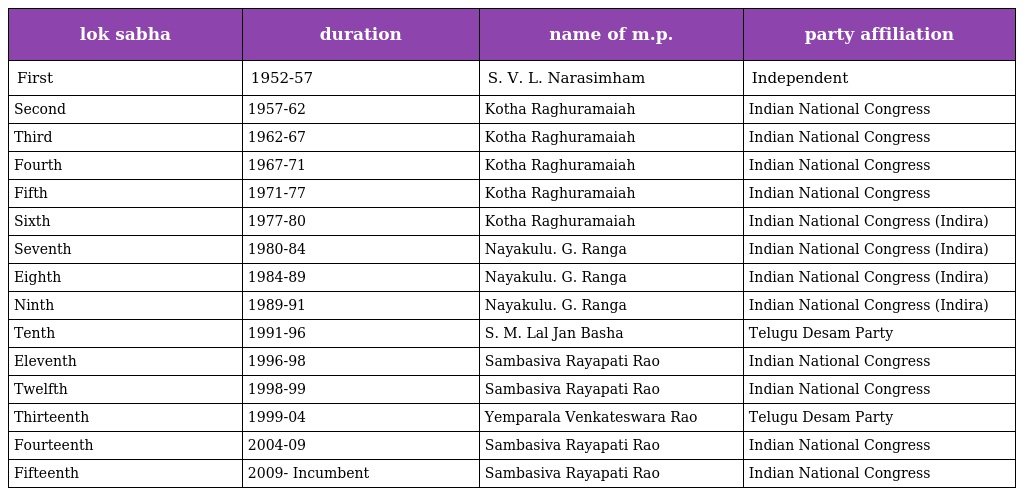
| lok sabha | duration | name of m.p. | party affiliation |
 | --- | --- | --- | --- |
 | First | 1952-57 | S. V. L. Narasimham | Independent |
 | Second | 1957-62 | Kotha Raghuramaiah | Indian National Congress |
 | Third | 1962-67 | Kotha Raghuramaiah | Indian National Congress |
 | Fourth | 1967-71 | Kotha Raghuramaiah | Indian National Congress |
 | Fifth | 1971-77 | Kotha Raghuramaiah | Indian National Congress |
 | Sixth | 1977-80 | Kotha Raghuramaiah | Indian National Congress (Indira) |
 | Seventh | 1980-84 | Nayakulu. G. Ranga | Indian National Congress (Indira) |
 | Eighth | 1984-89 | Nayakulu. G. Ranga | Indian National Congress (Indira) |
 | Ninth | 1989-91 | Nayakulu. G. Ranga | Indian National Congress (Indira) |
 | Tenth | 1991-96 | S. M. Lal Jan Basha | Telugu Desam Party |
 | Eleventh | 1996-98 | Sambasiva Rayapati Rao | Indian National Congress |
 | Twelfth | 1998-99 | Sambasiva Rayapati Rao | Indian National Congress |
 | Thirteenth | 1999-04 | Yemparala Venkateswara Rao | Telugu Desam Party |
 | Fourteenth | 2004-09 | Sambasiva Rayapati Rao | Indian National Congress |
 | Fifteenth | 2009- Incumbent | Sambasiva Rayapati Rao | Indian National Congress |